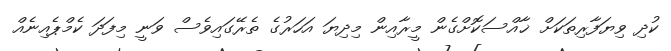
ކުދި ވިޔަފާރިތަކަށް ޚާއްސަކޮށްގެން މީރާއިން މިދިޔަ އަހަރުގެ ތެރޭގައިވެސް ވަނީ މިފަދަ ކެމްޕެއިނެއް